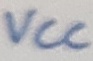
Text: VCC